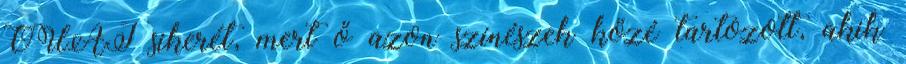
OUAT sikerét, mert ő azon színészek közé tartozott, akik